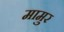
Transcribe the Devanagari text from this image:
मामुर